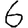
Digit: 6